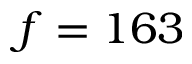
f = 1 6 3